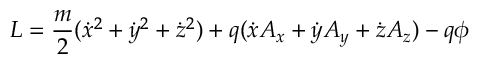
L = { \frac { m } { 2 } } ( { \dot { x } } ^ { 2 } + { \dot { y } } ^ { 2 } + { \dot { z } } ^ { 2 } ) + q ( { \dot { x } } A _ { x } + { \dot { y } } A _ { y } + { \dot { z } } A _ { z } ) - q \phi